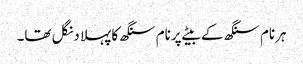
ہرنام سنگھ کے بیٹے پرنام سنگھ کا پہلا دنگل تھا۔